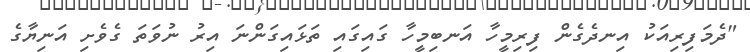
"ދެމަފިރިއަކު އިނދެގެން ފިރިމީހާ އަނބިމީހާ ގައިގައި ތަޅައިގަންނަ އިރު ނުވަތަ ގެވެށި އަނިޔާގެ